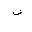
Letter: _fa